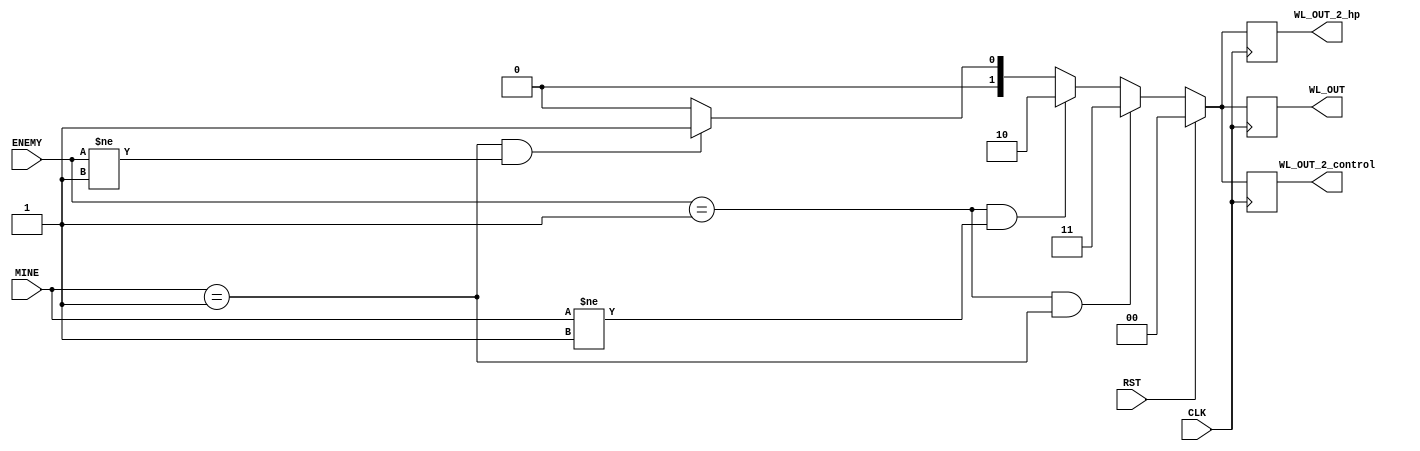
module WIN_LOSE ( //
    input   CLK,RST,
    input [1:0] MINE ,//output
    input [1:0] ENEMY, //   1 [1:0]
    output  reg [1:0] WL_OUT, //HP 00 01  1011
    output  reg [1:0] WL_OUT_2_control,//2P
    output  reg [1:0] WL_OUT_2_hp
);

// reg [1:0] ENEMY;
// initial begin
//   ENEMY <= 2'b00;
//   //WL_OUT <= 2'b00;
//  end   

always @(posedge CLK) begin
    if(RST)begin
        WL_OUT <= 2'b0;
        WL_OUT_2_control <= 2'b0;
        WL_OUT_2_hp <= 2'b0;
    end
    else if(ENEMY == 2'b01 && MINE == 2'b01)begin
        WL_OUT <= 2'b11; //
        WL_OUT_2_control <= 2'b11;
        WL_OUT_2_hp <= 2'b11;
	 end
    else if(ENEMY == 2'b01 && MINE != 2'b01)begin
        WL_OUT <= 2'b10; //
        WL_OUT_2_control <= 2'b10;
        WL_OUT_2_hp <= 2'b10;
	 end
    else if(MINE  == 2'b01 && ENEMY != 2'b01)begin
        WL_OUT <= 2'b01; //
        WL_OUT_2_control <= 2'b01;
        WL_OUT_2_hp <= 2'b01;
	 end
    else begin
        WL_OUT <= 2'b00; // WL_OUT00
        WL_OUT_2_control <= 2'b00;
        WL_OUT_2_hp <= 2'b00;
	 end
          
end

    
endmodule